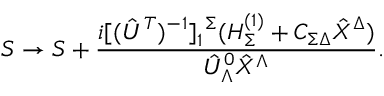
S \to S + { \frac { i [ ( \hat { U } ^ { T } ) ^ { - 1 } ] _ { 1 } ^ { \ \Sigma } ( H _ { \Sigma } ^ { ( 1 ) } + { \cal C } _ { \Sigma \Delta } \hat { X } ^ { \Delta } ) } { \hat { U } _ { \Lambda } ^ { 0 } \hat { X } ^ { \Lambda } } } .